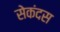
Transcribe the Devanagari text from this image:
सेकंदस